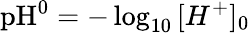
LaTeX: \textrm{pH}^{0}=-\log_{10}{[H^{+}]_{0}}